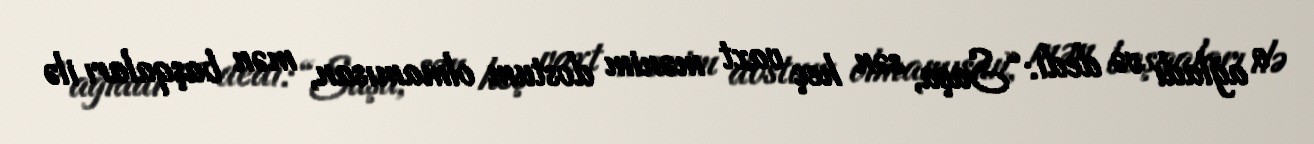
o ağladı və dedi: “Saşa, sən heç vaxt mənim dostum olmamısan, mən başqaları ilə